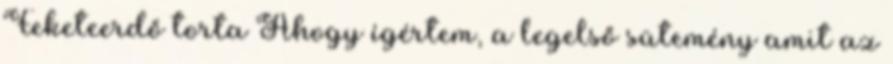
Feketeerdő torta Ahogy ígértem, a legelső sütemény amit az